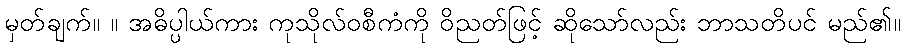
မှတ်ချက်။ ။ အဓိပ္ပါယ်ကား ကုသိုလ်ဝစီကံကို ဝိညတ်ဖြင့် ဆိုသော်လည်း ဘာသတိပင် မည်၏။